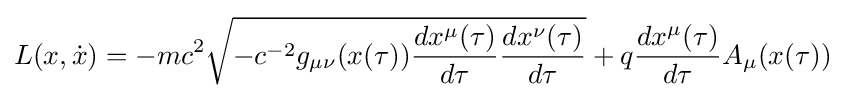
L(x,{\dot {x}})=-mc^{2}{\sqrt {-c^{-2}g_{\mu \nu }(x(\tau )){\frac {dx^{\mu }(\tau )}{d\tau }}{\frac {dx^{\nu }(\tau )}{d\tau }}}}+q{\frac {dx^{\mu }(\tau )}{d\tau }}A_{\mu }(x(\tau ))